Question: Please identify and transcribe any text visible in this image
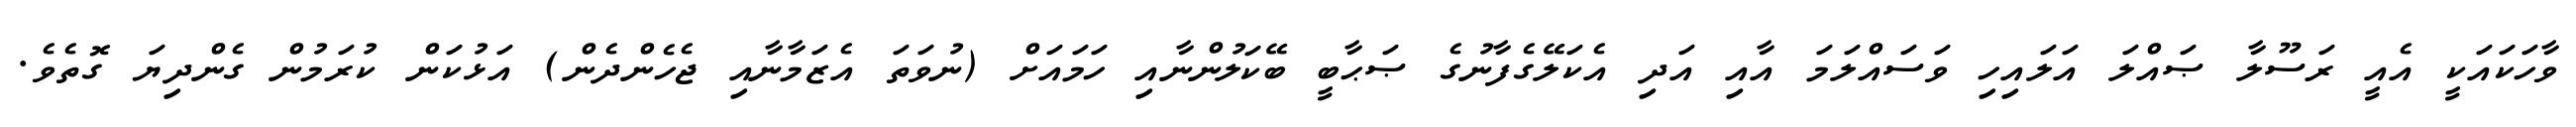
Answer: ވާހަކައަކީ އެއީ ރަސޫލާ ޞައްލަ އަލައިހި ވަސައްލަމަ އާއި އަދި އެކަލޭގެފާނުގެ ޞަޙާބީ ބޭކަލުންނާއި ހަމައަށް (ނުވަތަ އެޒަމާނާއި ޖެހެންދެން) އަޅުކަން ކުރަމުން ގެންދިޔަ ގޮތެވެ.